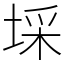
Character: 埰